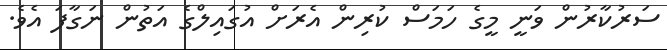
ސަރުކާރުން ވަނީ މީގެ ހަމަސް ކުރިން އެރަށް އުގައިލްގެ އަތުން ނަގާފަ އެވެ.